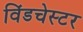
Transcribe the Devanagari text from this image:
विंडचेस्टर